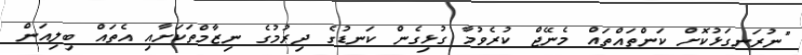
"ނުރަނގަޅުކޮށް ކަންތައްތައް މެނޭޖް ކުރެވުމާ ގުޅިގެން ކަނޑުގެ ދިރުމުގެ ނިޒާމްތަކަށާއި އެތައް ބިލިއަން